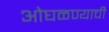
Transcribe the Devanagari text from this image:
ओघळण्याची